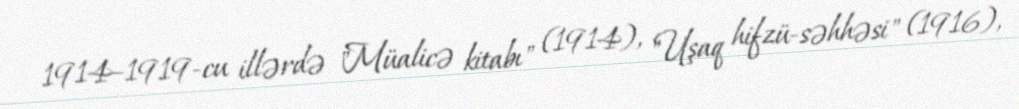
1914–1919-cu illərdə "Müalicə kitabı" (1914), "Uşaq hifzü-səhhəsi" (1916),